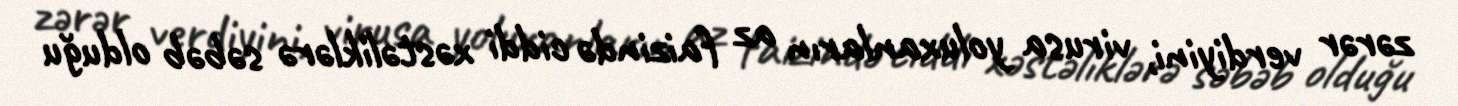
zərər verdiyini, virusa yoluxanların az faizində ciddi xəstəliklərə səbəb olduğu